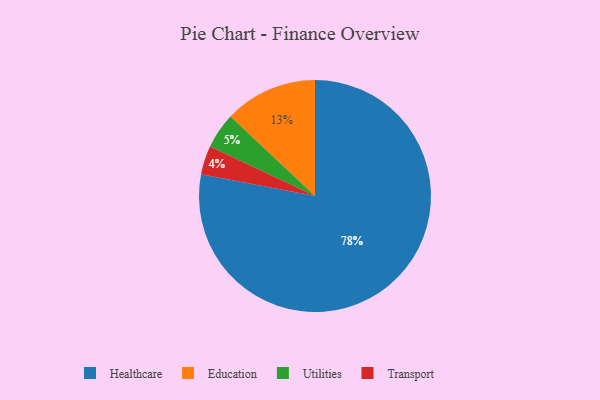
{"axis": {"x": "Category", "y": "Percentage"}, "legend": ["Education", "Healthcare", "Transport", "Utilities"], "data": [{"x": "Healthcare", "y": 78, "type": "Healthcare"}, {"x": "Utilities", "y": 5, "type": "Utilities"}, {"x": "Education", "y": 13, "type": "Education"}, {"x": "Transport", "y": 4, "type": "Transport"}]}